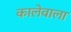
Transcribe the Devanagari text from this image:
कालेवाला